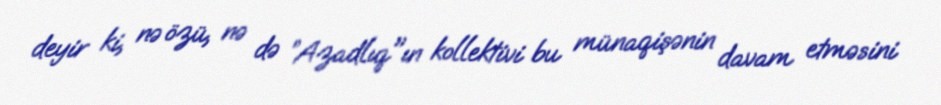
deyir ki, nə özü, nə də ”Azadlıq"ın kollektivi bu münaqişənin davam etməsini